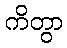
ကိတွာ